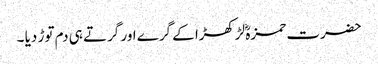
حضرت حمزہؓ لڑکھڑا کے گرے اور گرتے ہی دم توڑ دیا ۔